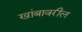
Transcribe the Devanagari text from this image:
खांबावरील